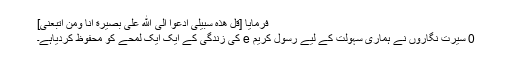
فرمایا [قل ھذه سبیلی ادعوا الی الله علی بصیرة انا ومن اتبعنی]
0 سیرت نگاروں نے ہماری سہولت کے لیے رسول کریم e کی زندگی کے ایک ایک لمحے کو محفوظ کردیاہے۔